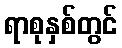
ရာစုနှစ်တွင်